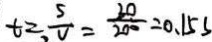
t = \frac { S } { V } = \frac { 3 0 } { 2 0 0 } = 0 . 1 5 s